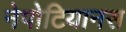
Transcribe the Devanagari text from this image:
नेपोटियानस